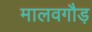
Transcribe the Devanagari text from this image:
मालवगौड़